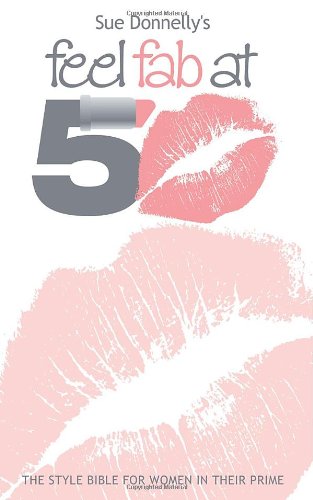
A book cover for Feel Fab at 50; Sue Donnelly; Health, Fitness & Dieting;